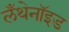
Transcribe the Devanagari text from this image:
लँथेनॉइड